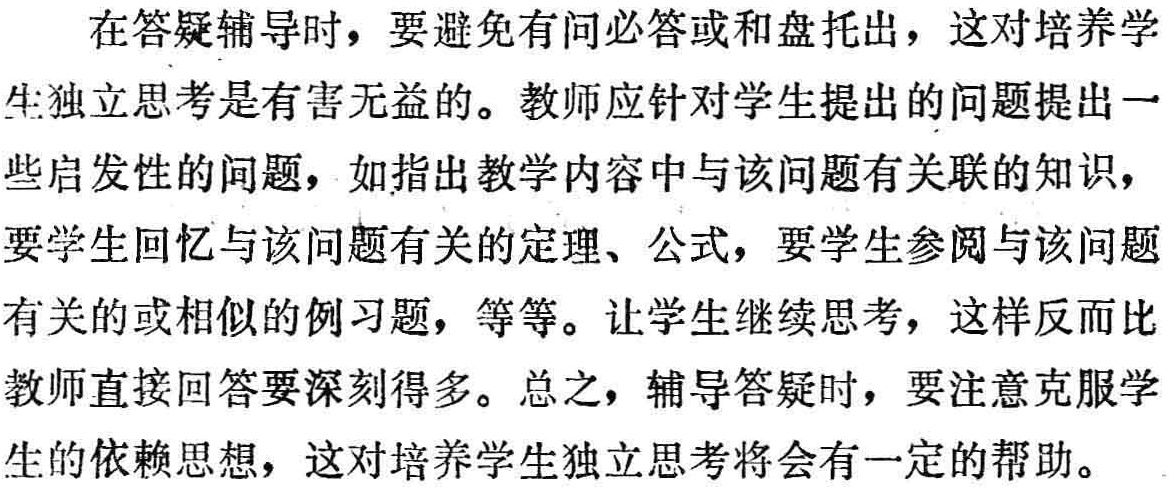
在答疑辅导时，要避免有问必答或和盘托出，这对培养学
生独立思考是有害无益的。教师应针对学生提出的问题提出一
些启发性的问题，如指出教学内容中与该问题有关联的知识，
要学生回忆与该问题有关的定理、公式，要学生参阅与该问题
有关的或相似的例习题，等等。让学生继续思考，这样反而比
教师直接回答要深刻得多。总之，辅导答疑时，要注意克服学
生的依赖思想，这对培养学生独立思考将会有一定的帮助。